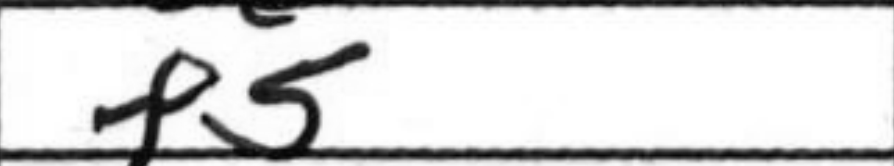
Transcription: f5